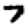
Digit: 7